Black-water fever - Number 35
Disease focus: Fever
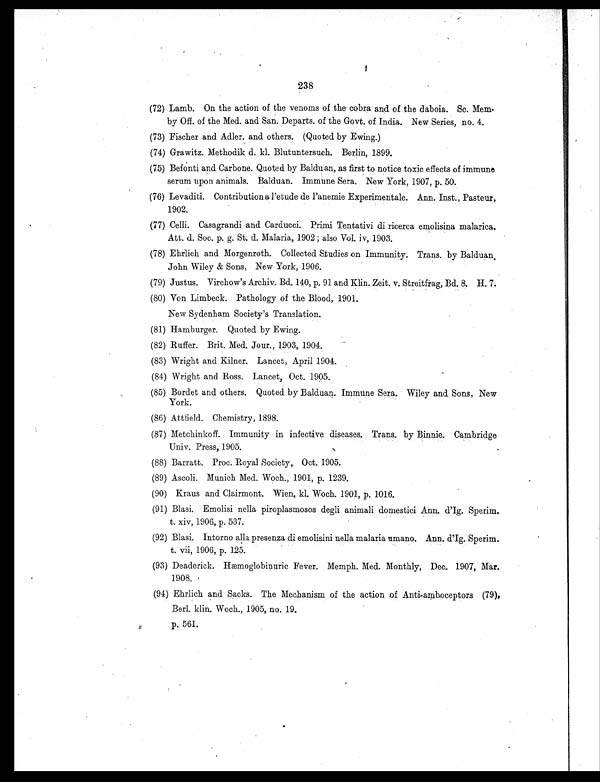
238
(72) Lamb. On the action of the venoms of the cobra and of the daboia. Sc. Mem.
by Off. of the Med. and San. Departs. of the Govt. of India. New Series, no. 4.
(73) Fischer and Adler. and others. (Quoted by Ewing.)
(74) Grawitz. Methodik d. kl. Blutuntersuch. Berlin, 1899.
(75) Befonti and Carbone. Quoted by Balduan, as first to notice toxic effects of immune
serum upon animals. Balduan. Immune Sera. New York, 1907, p. 50.
(76) Levaditi. Contribution a l'etude de l'anemie Experimentale. Ann. Inst., Pasteur,
1902.
(77) Celli. Casagrandi and Carducci. Primi Tentativi di ricerca emolisina malarica.
Att. d. Soc. p. g. St. d. Malaria, 1902 ; also Vol. iv, 1903.
(78) Ehrlich and Morgenroth. Collected Studies on Immunity. Trans. by Balduan.
John Wiley & Sons, New York, 1906.
(79) Justus. Virchow's Archiv. Bd. 140, p. 91 and Klin. Zeit. v. Streitfrag, Bd. 8. H. 7.
(80) Von Limbeck. Pathology of the Blood, 1901.
New Sydenh am Society's Translation.
(81) Hamburger. Quoted by Ewing.
(82) Ruffer. Brit. Med. Jour., 1903, 1904.
(83) Wright and Kilner. Lancet, April 1904.
(84) Wright and Ross. Lancet, Oct. 1905.
(85) Bordet and others. Quoted by Balduan. Immune Sera. Wiley and. Sons, New
York.
(86) Attfield. Chemistry, 1898.
(87) Metchinkoff. Immunity in infective diseases. Trans. by Binnie. Cambridge
Univ. Press, 1905.
(88) Barratt. Proc. Royal Society, Oct. 1905.
(89) Ascoli. Munich Med. Woch., 1901, p. 1239.
(90) Kraus and Clairmont. Wien, kl. Woch. 1901, p. 1016.
(91) Blasi. Emolisi nella piroplasmosos degli animali domestici Ann. d'Ig. Sperim.
t. xiv, 1906, p. 537.
(92) Blasi. Intorno alla presenza di emolisini nella malaria umano. Ann. d'Ig. Sperim.
t. vii, 1906, p. 125.
(93) Deaderick. Hæmoglobinuric Fever. Memph. Med. Monthly, Dec.. 1907, Mar.
1908.
(94) Ehrlich and Sacks. The Mechanism of the action of Anti-amhoceptors (79),
Berl. klin. Woch., 1905. no. 19.
p. 561.